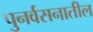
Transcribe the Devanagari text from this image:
पुनर्वसनातील